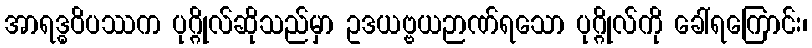
အာရဒ္ဓဝိပဿက ပုဂ္ဂိုလ်ဆိုသည်မှာ ဥဒယဗ္ဗယဉာဏ်ရသော ပုဂ္ဂိုလ်ကို ခေါ်ရကြောင်း၊